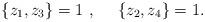
LaTeX: \begin{align*} \lbrace z_1,z_3\rbrace =1~,~~~~ \lbrace z_2,z_4\rbrace =1 .\end{align*}